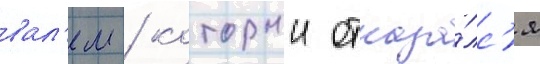
вал'ем / которыи отказа́лс'я